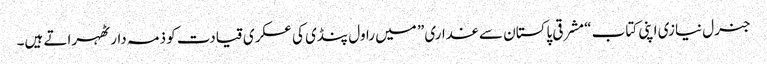
جنرل نیازی اپنی کتاب “مشرقی پاکستان سے غداری” میں راول پنڈی کی عسکری قیادت کو ذمہ دار ٹھہراتے ہیں۔